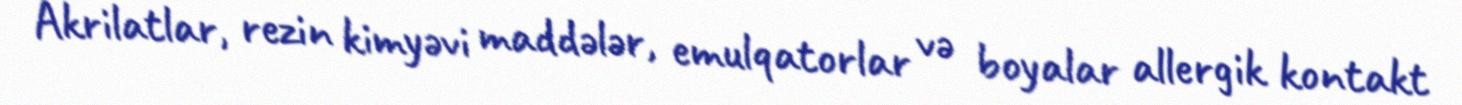
Akrilatlar, rezin kimyəvi maddələr, emulqatorlar və boyalar allergik kontakt